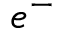
e ^ { - }